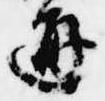
通